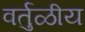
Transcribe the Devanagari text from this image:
वर्तुळीय